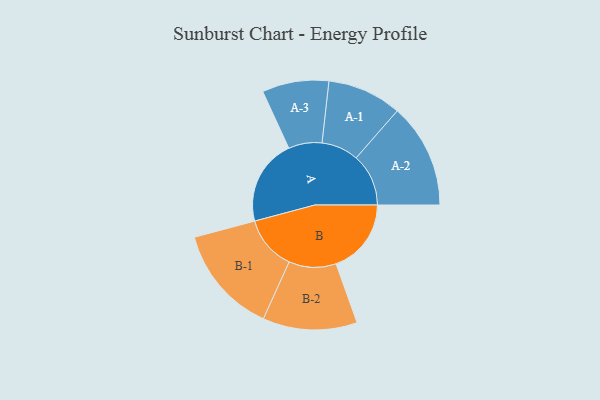
{"axis": {"x": "Segment", "y": "Value"}, "legend": ["", "A", "B"], "data": [{"x": "A", "y": 453, "type": ""}, {"x": "B", "y": 397, "type": ""}, {"x": "A-1", "y": 196, "type": "A"}, {"x": "A-2", "y": 276, "type": "A"}, {"x": "A-3", "y": 176, "type": "A"}, {"x": "B-1", "y": 286, "type": "B"}, {"x": "B-2", "y": 249, "type": "B"}]}